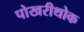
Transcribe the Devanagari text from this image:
पोखरीथोक